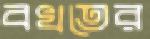
বখতের